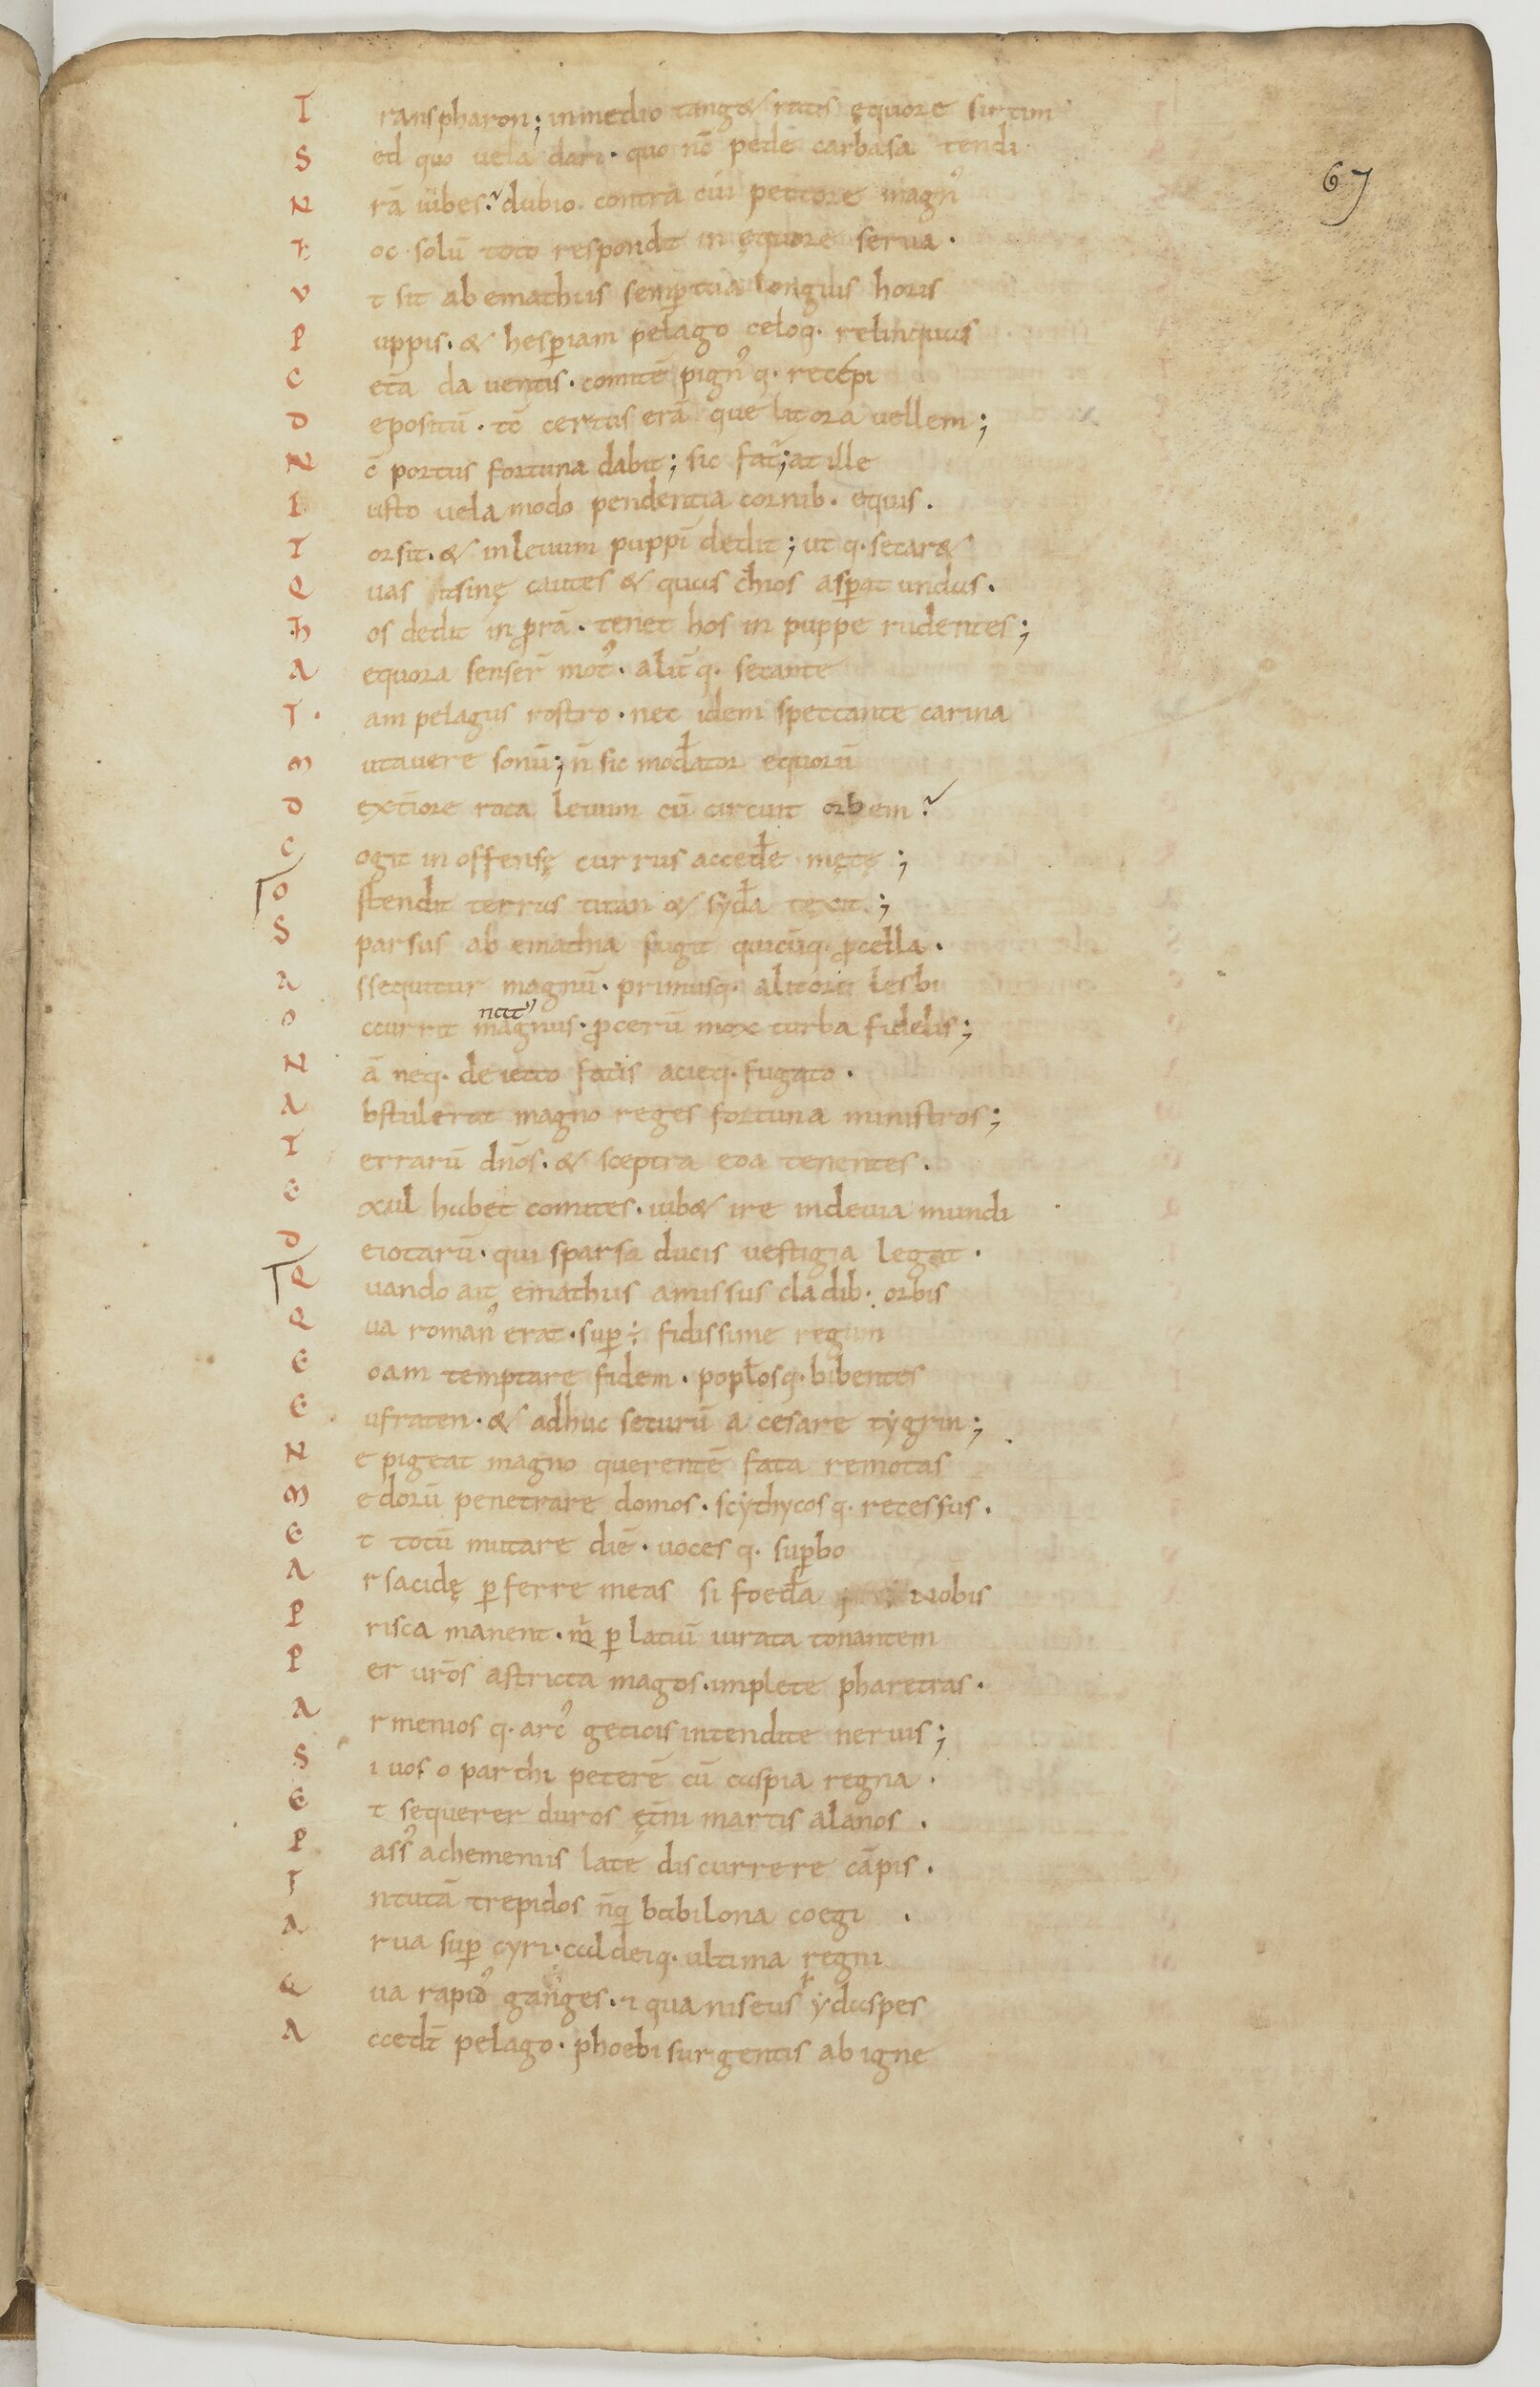
Shelfmark: Paris, BnF, lat. 17901
Century: 11